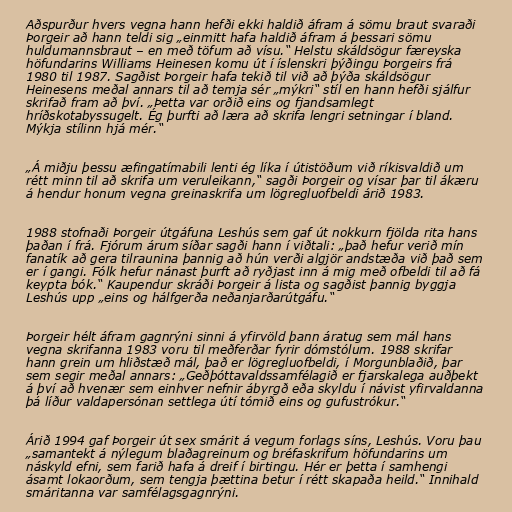
Aðspurður hvers vegna hann hefði ekki haldið áfram á sömu braut svaraði
Þorgeir að hann teldi sig „einmitt hafa haldið áfram á þessari sömu
huldumannsbraut – en með töfum að vísu.“ Helstu skáldsögur færeyska
höfundarins Williams Heinesen komu út í íslenskri þýðingu Þorgeirs frá
1980 til 1987. Sagðist Þorgeir hafa tekið til við að þýða skáldsögur
Heinesens meðal annars til að temja sér „mýkri“ stíl en hann hefði sjálfur
skrifað fram að því. „Þetta var orðið eins og fjandsamlegt
hríðskotabyssugelt. Ég þurfti að læra að skrifa lengri setningar í bland.
Mýkja stílinn hjá mér.“

„Á miðju þessu æfingatímabili lenti ég líka í útistöðum við ríkisvaldið um
rétt minn til að skrifa um veruleikann,“ sagði Þorgeir og vísar þar til ákæru
á hendur honum vegna greinaskrifa um lögregluofbeldi árið 1983.

1988 stofnaði Þorgeir útgáfuna Leshús sem gaf út nokkurn fjölda rita hans
þaðan í frá. Fjórum árum síðar sagði hann í viðtali: „það hefur verið mín
fanatík að gera tilraunina þannig að hún verði algjör andstæða við það sem
er í gangi. Fólk hefur nánast þurft að ryðjast inn á mig með ofbeldi til að fá
keypta bók.“ Kaupendur skráði Þorgeir á lista og sagðist þannig byggja
Leshús upp „eins og hálfgerða neðanjarðarútgáfu.“

Þorgeir hélt áfram gagnrýni sinni á yfirvöld þann áratug sem mál hans
vegna skrifanna 1983 voru til meðferðar fyrir dómstólum. 1988 skrifar
hann grein um hliðstæð mál, það er lögregluofbeldi, í Morgunblaðið, þar
sem segir meðal annars: „Geðþóttavaldssamfélagið er fjarskalega auðþekt
á því að hvenær sem einhver nefnir ábyrgð eða skyldu í návist yfirvaldanna
þá líður valdapersónan settlega útí tómið eins og gufustrókur.“

Árið 1994 gaf Þorgeir út sex smárit á vegum forlags síns, Leshús. Voru þau
„samantekt á nýlegum blaðagreinum og bréfaskrifum höfundarins um
náskyld efni, sem farið hafa á dreif í birtingu. Hér er þetta í samhengi
ásamt lokaorðum, sem tengja þættina betur í rétt skapaða heild.“ Innihald
smáritanna var samfélagsgagnrýni.